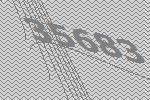
35683